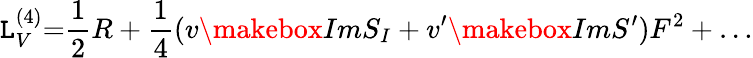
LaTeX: {\cal\mathtt{L}}_{V}^{(4)}{=}{\frac{{1}}{{2}}}R+{\frac{{1}}{{4}}}(v\makebox{Im}S_{I}+v^{\prime}\makebox{Im}S^{\prime})F^{2}+\dots